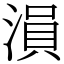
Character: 溳